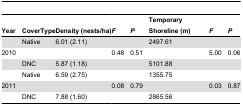
<table><thead><tr><td><b>Year</b></td><td colspan="2"><b>CoverType</b></td><td colspan="2"><b>Density (nests/ha)</b></td><td><b><i>F</i></b></td><td><b><i>P</i></b></td><td colspan="2"><b>Temporary Shoreline (m)</b></td><td><b><i>F</i></b></td><td><b><i>P</i></b></td></tr></thead><tbody><tr><td></td><td colspan="2">Native</td><td colspan="2">6.01 (2.11)</td><td></td><td></td><td colspan="2">2497.61</td><td></td><td></td></tr><tr><td>2010</td><td colspan="2"></td><td colspan="2"></td><td>0.48</td><td>0.51</td><td colspan="2"></td><td>5.00</td><td>0.06</td></tr><tr><td></td><td colspan="2">DNC</td><td colspan="2">5.87 (1.18)</td><td></td><td></td><td colspan="2">5101.88</td><td></td><td></td></tr><tr><td></td><td colspan="2">Native</td><td colspan="2">6.59 (2.75)</td><td></td><td></td><td colspan="2">1355.75</td><td></td><td></td></tr><tr><td>2011</td><td colspan="2"></td><td colspan="2"></td><td>0.08</td><td>0.79</td><td colspan="2"></td><td>0.03</td><td>0.87</td></tr><tr><td></td><td colspan="2">DNC</td><td colspan="2">7.88 (1.60)</td><td></td><td></td><td colspan="2">2865.56</td><td></td><td></td></tr></tbody></table>